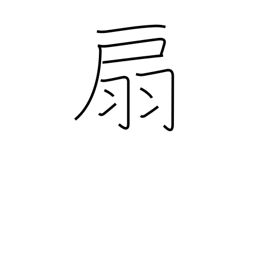
Meaning: fan